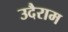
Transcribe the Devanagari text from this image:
उदैराम